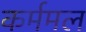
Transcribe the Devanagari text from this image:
कर्ममल